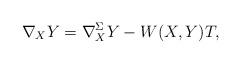
LaTeX: \begin{align*}\nabla_XY=\nabla^{\Sigma}_XY-W(X,Y) T,\end{align*}